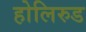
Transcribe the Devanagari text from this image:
होलिरुड